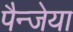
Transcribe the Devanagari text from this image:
पैन्जेया